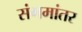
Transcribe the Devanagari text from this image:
संगमांतर